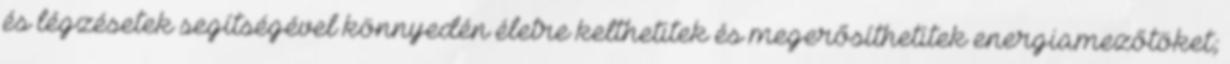
és légzésetek segítségével könnyedén életre kelthetitek és megerősíthetitek energiamezőtöket;